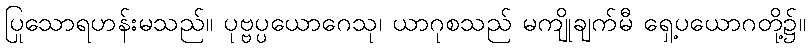
ပြုသောရဟန်းမသည်။ ပုဗ္ဗပ္ပယောဂေသု၊ ယာဂုစသည် မကျိုချက်မီ ရှေ့ပယောဂတို့၌။